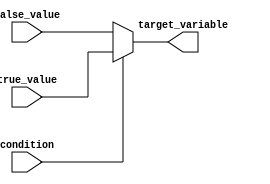
module ConditionalAssignment(
    input wire condition,       // Input condition (Boolean)
    input wire [7:0] true_value, // Value assigned when condition is true
    input wire [7:0] false_value, // Value assigned when condition is false
    output reg [7:0] target_variable // Output variable to store the result
);

// Always block to perform conditional assignment
always @(*) begin
    target_variable = condition ? true_value : false_value; // Conditional operator
end

endmodule